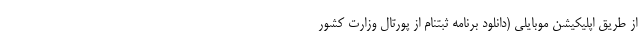
از طریق اپلیکیشن موبایلی (دانلود برنامه ثبتنام از پورتال وزارت کشور